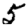
Digit: 5